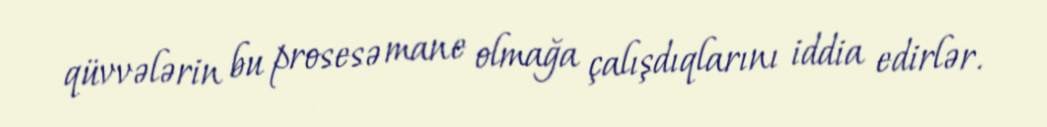
qüvvələrin bu prosesə mane olmağa çalışdıqlarını iddia edirlər.